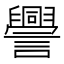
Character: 𧭒